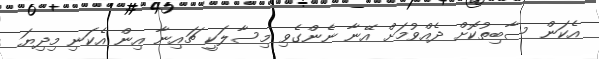
އެކަން ސާބިތުކޮށް ދެއްވުމަށް އޭނާ ނެންގެވި މިސާލަކީ ޗައިނާ އިން އެކަނި މިދިޔަ